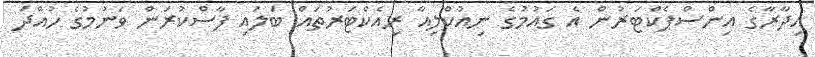
އިދާރާގެ އިންސްޕެކްޓަރުން އެ ގައުމުގެ ނިއުކްލިއާ ރިއެކްޓަރުތައް ބަލައި ފާސްކުރަން ވަނުމުގެ ހުއްދަ